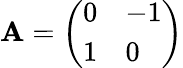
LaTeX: \mathbf{A}={\left(\begin{array}{ll}{0}&{-1}\\ {1}&{0}\end{array}\right)}